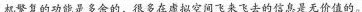
机繁复的功能是多余的，很多在虚拟空间飞来飞去的信息是无价值的。